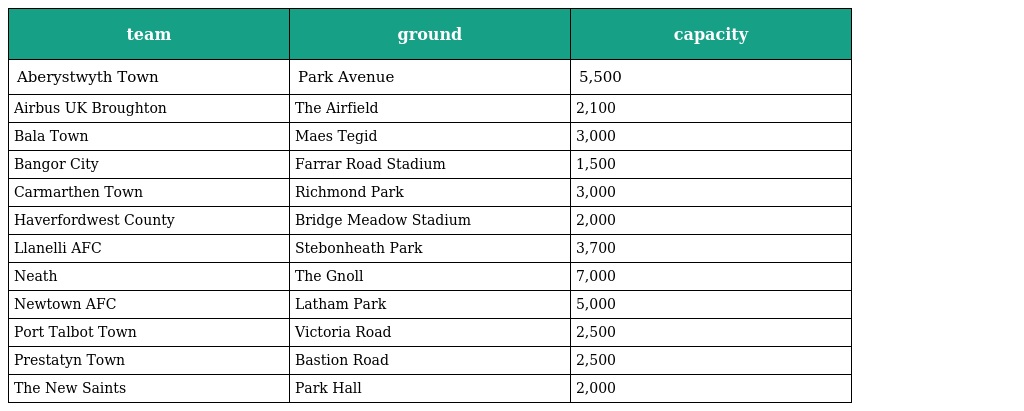
| team | ground | capacity |
 | --- | --- | --- |
 | Aberystwyth Town | Park Avenue | 5,500 |
 | Airbus UK Broughton | The Airfield | 2,100 |
 | Bala Town | Maes Tegid | 3,000 |
 | Bangor City | Farrar Road Stadium | 1,500 |
 | Carmarthen Town | Richmond Park | 3,000 |
 | Haverfordwest County | Bridge Meadow Stadium | 2,000 |
 | Llanelli AFC | Stebonheath Park | 3,700 |
 | Neath | The Gnoll | 7,000 |
 | Newtown AFC | Latham Park | 5,000 |
 | Port Talbot Town | Victoria Road | 2,500 |
 | Prestatyn Town | Bastion Road | 2,500 |
 | The New Saints | Park Hall | 2,000 |